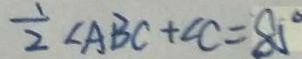
\frac { 1 } { 2 } \angle A B C + \angle C = 8 5 ^ { \circ }